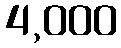
4,000